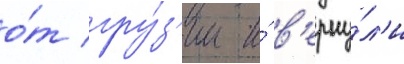
о́т гру́з'ии и́ в'ерну́л'и